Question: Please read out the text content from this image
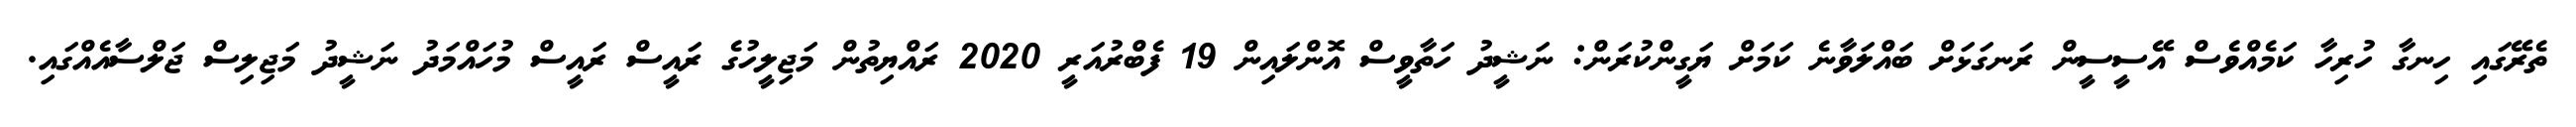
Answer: ތެރޭގައި ހިނގާ ހުރިހާ ކަމެއްވެސް އޭސީސީން ރަނގަޅަށް ބައްލަވާނެ ކަމަށް ޔަގީންކުރަން: ނަޝީދު ހަތާވީސް އޮންލައިން 19 ފެބްރުއަރީ 2020 ރައްޔިތުން މަޖިލީހުގެ ރައީސް ރައީސް މުހައްމަދު ނަޝީދު މަޖިލިސް ޖަލްސާއެއްގައި.